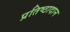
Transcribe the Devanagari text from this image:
प्रतिष्ठादान